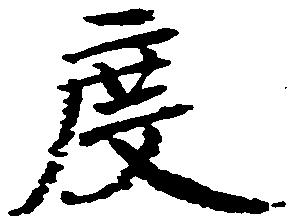
度